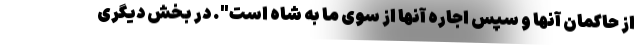
از حاکمان آنها و سپس اجاره آنها از سوی ما به شاه است". در بخش دیگری